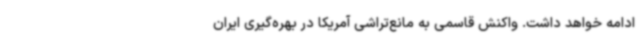
ادامه خواهد داشت. واکنش قاسمی به مانع‌تراشی آمریکا در بهره‌گیری ایران